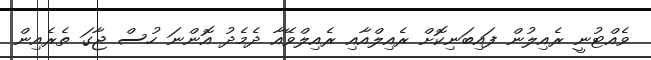
ވެއްޓުނީ ރެއިލުން ފައިބަނިކޮށް ރެއިލްއާއި ރެއިލްވޭއާ ދެމެދު އޮންނަ ހުސް ޖާގަ ތެރެއިން